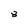
Character: 8